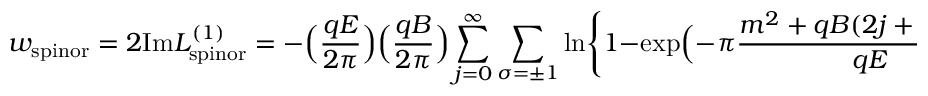
w _ { \mathrm { s p i n o r } } = 2 \mathrm { I m } { \cal L } _ { \mathrm { s p i n o r } } ^ { ( 1 ) } = - \Bigl ( \frac { q E } { 2 \pi } \Bigr ) \Bigl ( \frac { q B } { 2 \pi } \Bigr ) \sum _ { j = 0 } ^ { \infty } \sum _ { \sigma = \pm 1 } \ln \Biggl \{ 1 - \exp \Bigl ( - \pi \frac { m ^ { 2 } + q B ( 2 j + 1 - \sigma ) } { q E } \Bigr ) \Biggr \} .